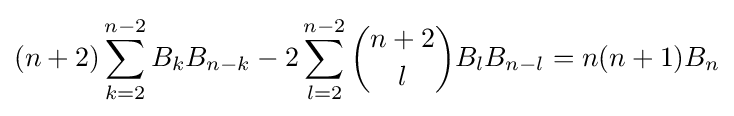
(n+2)\sum _{k=2}^{n-2}B_{k}B_{n-k}-2\sum _{l=2}^{n-2}{\binom {n+2}{l}}B_{l}B_{n-l}=n(n+1)B_{n}